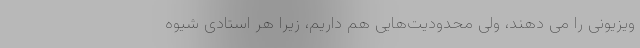
ویزیونی را می دهند، ولی محدودیت‌هایی هم داریم، زیرا هر استادی شیوه